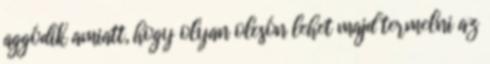
aggódik amiatt, hogy olyan olcsón lehet majd termelni az